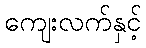
ကျေးလက်နှင့်